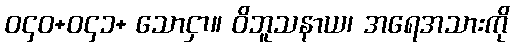
ဝ၄၀+ဝ၄၁+ သောငှာ။ ဝိဘူသနာယ၊ အရေအသားကို